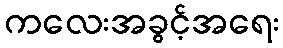
ကလေးအခွင့်အရေး